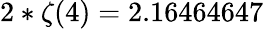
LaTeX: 2*\zeta(4)=2.16464647